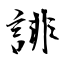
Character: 誹